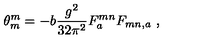
\theta _ { m } ^ { m } = - b \frac { g ^ { 2 } } { 3 2 \pi ^ { 2 } } F _ { a } ^ { m n } F _ { m n , a } \ ,